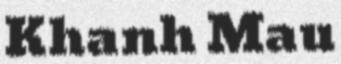
Khanh Mau